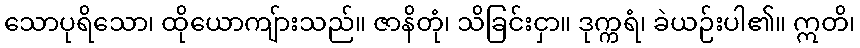
သောပုရိသော၊ ထိုယောကျ်ားသည်။ ဇာနိတုံ၊ သိခြင်းငှာ။ ဒုက္ကရံ၊ ခဲယဉ်းပါ၏။ ဣတိ၊